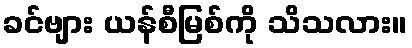
ခင်ဗျား ယန်စီမြစ်ကို သိသလား။